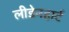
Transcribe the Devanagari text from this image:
लीडेनहार्ट